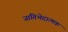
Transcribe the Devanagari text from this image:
जातिभेदात्मक